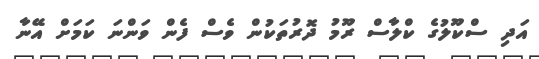
އަދި ސްކޫލުގެ ކްލާސް ރޫމު ދޮރުތަކުން ވެސް ފެން ވަންނަ ކަމަށް އޭނާ